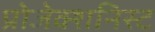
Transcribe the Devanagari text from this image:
प्रोजेक्शनिस्ट